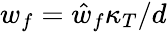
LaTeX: w_{f}=\hat{w}_{f}\kappa_{T}/d